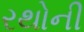
રથોની